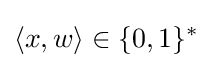
\langle x,w\rangle \in \{0,1\}^{*}